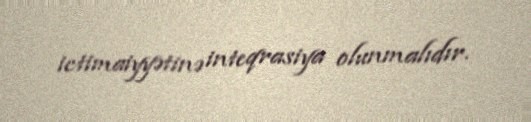
ictimaiyyətinə inteqrasiya olunmalıdır.